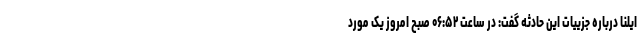
ایلنا درباره جزییات این حادثه گفت: در ساعت ۰۶:۵۲ صبح امروز یک مورد